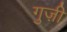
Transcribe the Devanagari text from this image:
गुज़ी